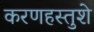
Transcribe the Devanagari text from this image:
करणहस्तुशे